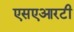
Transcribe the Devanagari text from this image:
एसएआरटी